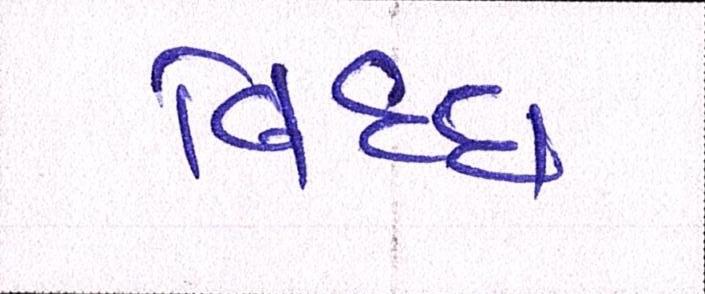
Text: વિધ્ધ